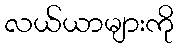
လယ်ယာများကို